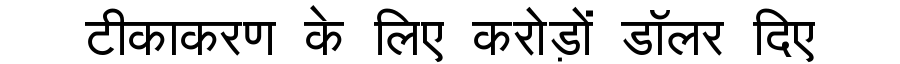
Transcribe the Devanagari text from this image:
टीकाकरण के लिए करोड़ों डॉलर दिए